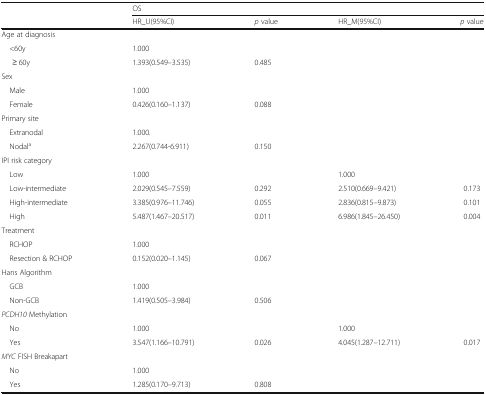
<table><thead><tr><td rowspan="2"></td><td colspan="4"><b>OS</b></td></tr><tr><td><b>HR_U(95%CI)</b></td><td><b><i>p</i> value</b></td><td><b>HR_M(95%CI)</b></td><td><b><i>p</i> value</b></td></tr></thead><tbody><tr><td colspan="5">Age at diagnosis</td></tr><tr><td> &lt;60y</td><td>1.000</td><td></td><td></td><td></td></tr><tr><td>≥ 60y</td><td>1.393(0.549–3.535)</td><td>0.485</td><td></td><td></td></tr><tr><td colspan="5">Sex</td></tr><tr><td> Male</td><td>1.000</td><td></td><td></td><td></td></tr><tr><td> Female</td><td>0.426(0.160–1.137)</td><td>0.088</td><td></td><td></td></tr><tr><td colspan="5">Primary site</td></tr><tr><td> Extranodal</td><td>1.000.</td><td></td><td></td><td></td></tr><tr><td> Nodal<sup>a</sup></td><td>2.267(0.744-6.911)</td><td>0.150</td><td></td><td></td></tr><tr><td colspan="5">IPI risk category</td></tr><tr><td> Low</td><td>1.000</td><td></td><td>1.000</td><td></td></tr><tr><td> Low-intermediate</td><td>2.029(0.545–7.559)</td><td>0.292</td><td>2.510(0.669–9.421)</td><td>0.173</td></tr><tr><td> High-intermediate</td><td>3.385(0.976–11.746)</td><td>0.055</td><td>2.836(0.815–9.873)</td><td>0.101</td></tr><tr><td> High</td><td>5.487(1.467–20.517)</td><td>0.011</td><td>6.986(1.845–26.450)</td><td>0.004</td></tr><tr><td colspan="5">Treatment</td></tr><tr><td> RCHOP</td><td>1.000</td><td></td><td></td><td></td></tr><tr><td> Resection &amp; RCHOP</td><td>0.152(0.020–1.145)</td><td>0.067</td><td></td><td></td></tr><tr><td colspan="5">Hans Algorithm</td></tr><tr><td> GCB</td><td>1.000</td><td></td><td></td><td></td></tr><tr><td> Non-GCB</td><td>1.419(0.505–3.984)</td><td>0.506</td><td></td><td></td></tr><tr><td colspan="5"><i>PCDH10</i> Methylation</td></tr><tr><td> No</td><td>1.000</td><td></td><td>1.000</td><td></td></tr><tr><td> Yes</td><td>3.547(1.166–10.791)</td><td>0.026</td><td>4.045(1.287–12.711)</td><td>0.017</td></tr><tr><td colspan="5"><i>MYC</i> FISH Breakapart</td></tr><tr><td> No</td><td>1.000</td><td></td><td></td><td></td></tr><tr><td> Yes</td><td>1.285(0.170–9.713)</td><td>0.808</td><td></td><td></td></tr></tbody></table>